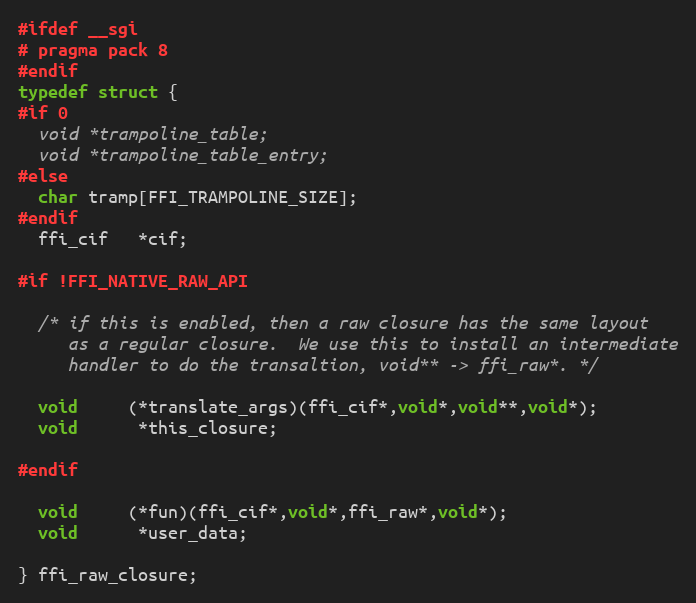
Language: C
#ifdef __sgi
# pragma pack 8
#endif
typedef struct {
#if 0
  void *trampoline_table;
  void *trampoline_table_entry;
#else
  char tramp[FFI_TRAMPOLINE_SIZE];
#endif
  ffi_cif   *cif;

#if !FFI_NATIVE_RAW_API

  /* if this is enabled, then a raw closure has the same layout
     as a regular closure.  We use this to install an intermediate
     handler to do the transaltion, void** -> ffi_raw*. */

  void     (*translate_args)(ffi_cif*,void*,void**,void*);
  void      *this_closure;

#endif

  void     (*fun)(ffi_cif*,void*,ffi_raw*,void*);
  void      *user_data;

} ffi_raw_closure;